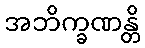
အဘိက္ခဏန္တိ